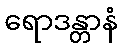
ရောဒန္တာနံ